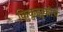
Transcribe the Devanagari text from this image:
किकुझुकीचे